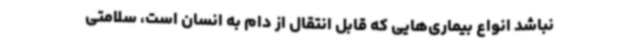
نباشد انواع بیماری‌هایی که قابل‌ انتقال از دام به انسان است، سلامتی